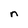
Character: n